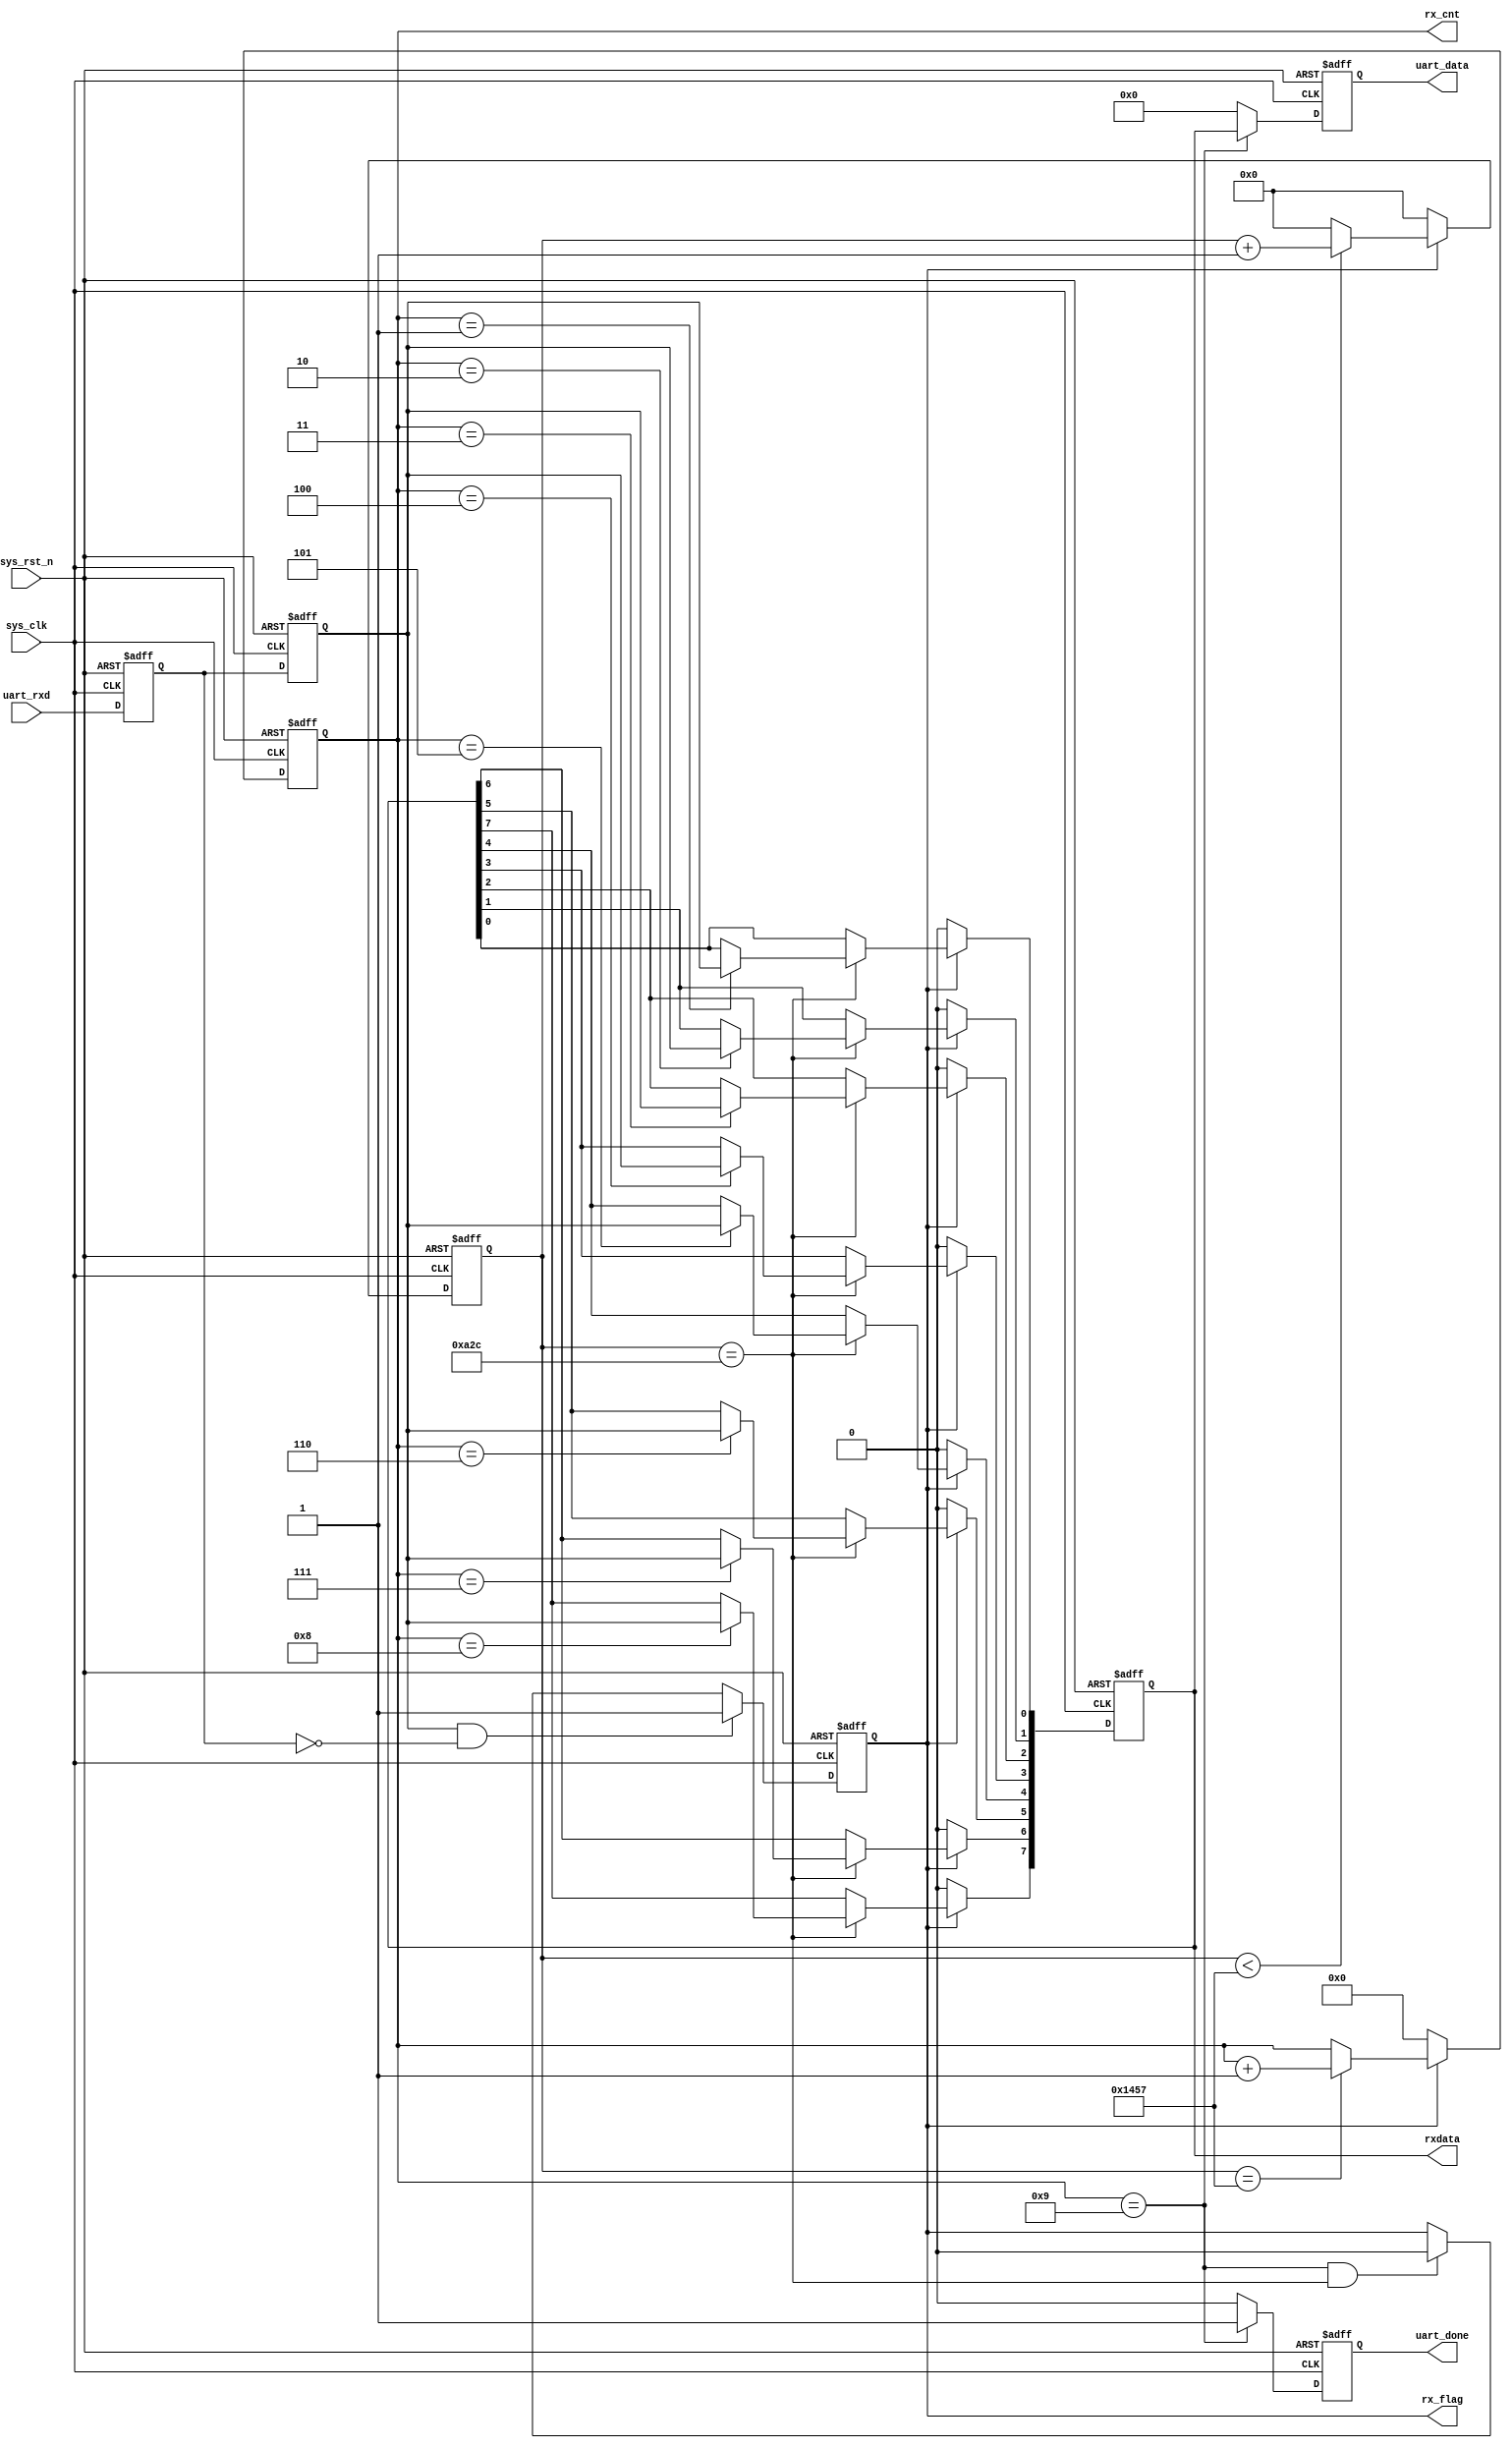
module uart_recv(		  //
    input			     sys_clk,                  //
    input              sys_rst_n,                //
    
    input              uart_rxd,                 //UART
    output  reg        uart_done,                //
    output  reg        rx_flag,                  //
    output  reg [3:0]  rx_cnt,                   //
    output  reg [7:0]  rxdata,
    output  reg [7:0]  uart_data                 //
    );
    
//parameter define
parameter  CLK_FREQ = 50000000;                //
parameter  UART_BPS = 9600;                    //
localparam  BPS_CNT  = CLK_FREQ/UART_BPS;      //
                                               //BPS_CNT
//reg define
reg        uart_rxd_d0;
reg        uart_rxd_d1;
reg [15:0] clk_cnt;                              //

//wire define
wire       start_flag;

//*****************************************************
//**                    main code
//*****************************************************
//()
assign  start_flag = uart_rxd_d1 & (~uart_rxd_d0);    

//UART
always @(posedge sys_clk or negedge sys_rst_n) begin 
    if (!sys_rst_n) begin 
        uart_rxd_d0 <= 1'b0;
        uart_rxd_d1 <= 1'b0;          
    end
    else begin
        uart_rxd_d0  <= uart_rxd;                   
        uart_rxd_d1  <= uart_rxd_d0;
    end   
end

//start_flag           
always @(posedge sys_clk or negedge sys_rst_n) begin         
    if (!sys_rst_n)                                  
        rx_flag <= 1'b0;
    else begin
        if(start_flag)                          //
            rx_flag <= 1'b1;                    //rx_flag
                                                //
        else if((rx_cnt == 4'd9) && (clk_cnt == BPS_CNT/2))
            rx_flag <= 1'b0;                    //rx_flag
        else
            rx_flag <= rx_flag;
    end
end

//
always @(posedge sys_clk or negedge sys_rst_n) begin         
    if (!sys_rst_n)                             
        clk_cnt <= 16'd0;                                  
    else if ( rx_flag ) begin             //
        if (clk_cnt < BPS_CNT - 1)
            clk_cnt <= clk_cnt + 1'b1;
        else
            clk_cnt <= 16'd0;             //
    end
    else                              				
        clk_cnt <= 16'd0;						//
end

//
always @(posedge sys_clk or negedge sys_rst_n) begin         
    if (!sys_rst_n)                             
        rx_cnt  <= 4'd0;
    else if ( rx_flag ) begin                //
        if (clk_cnt == BPS_CNT - 1)				//
            rx_cnt <= rx_cnt + 1'b1;			//1
        else
            rx_cnt <= rx_cnt;       
    end
	 else
        rx_cnt  <= 4'd0;						//
end

//uart
always @(posedge sys_clk or negedge sys_rst_n) begin 
    if ( !sys_rst_n)  
        rxdata <= 8'd0;                                     
    else if(rx_flag)                            //
        if (clk_cnt == BPS_CNT/2) begin         //
            case ( rx_cnt )
             4'd1 : rxdata[0] <= uart_rxd_d1;   //
             4'd2 : rxdata[1] <= uart_rxd_d1;
             4'd3 : rxdata[2] <= uart_rxd_d1;
             4'd4 : rxdata[3] <= uart_rxd_d1;
             4'd5 : rxdata[4] <= uart_rxd_d1;
             4'd6 : rxdata[5] <= uart_rxd_d1;
             4'd7 : rxdata[6] <= uart_rxd_d1;
             4'd8 : rxdata[7] <= uart_rxd_d1;   //
             default:;                                    
            endcase
        end
        else 
            rxdata <= rxdata;
    else
        rxdata <= 8'd0;
end

//
always @(posedge sys_clk or negedge sys_rst_n) begin        
    if (!sys_rst_n) begin
        uart_data <= 8'd0;                               
        uart_done <= 1'b0;
    end
    else if(rx_cnt == 4'd9) begin               //           
        uart_data <= rxdata;                    //
        uart_done <= 1'b1;                      //
    end
    else begin
        uart_data <= 8'd0;                                   
        uart_done <= 1'b0; 
    end    
end

endmodule